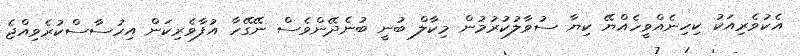
އެކުވެރިއަކު ކިހިނެއްވީހެއްޔޭ ކިޔާ ސުވާލުކުރުމުން މިކާލް ބުނީ ބުނެދޭންވެސް ނޭގޭހާ އުފާވެރިކަން އިހުސާސްކުރެވިއްޖެ